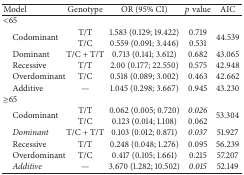
<table><thead><tr><td><b>Model</b></td><td><b>Genotype</b></td><td><b>OR (95% CI)</b></td><td><b><i>p</i> value</b></td><td><b>AIC</b></td></tr></thead><tbody><tr><td>&lt;65</td><td> </td><td> </td><td> </td><td> </td></tr><tr><td rowspan="2"> Codominant</td><td>T/T</td><td>1.583 (0.129; 19.422)</td><td>0.719</td><td rowspan="2">44.539</td></tr><tr><td>T/C</td><td>0.559 (0.091; 3.446)</td><td>0.531</td></tr><tr><td> Dominant</td><td>T/C + T/T</td><td>0.713 (0.141; 3.612)</td><td>0.682</td><td>43.065</td></tr><tr><td> Recessive</td><td>T/T</td><td>2.00 (0.177; 22.550)</td><td>0.575</td><td>42.948</td></tr><tr><td> Overdominant</td><td>T/C</td><td>0.518 (0.089; 3.002)</td><td>0.463</td><td>42.662</td></tr><tr><td> Additive</td><td>—</td><td>1.045 (0.298; 3.667)</td><td>0.945</td><td>43.230</td></tr><tr><td>≥65</td><td> </td><td> </td><td> </td><td> </td></tr><tr><td rowspan="2"> Codominant</td><td>T/T</td><td>0.062 (0.005; 0.720)</td><td><i>0.026</i></td><td rowspan="2">53.304</td></tr><tr><td>T/C</td><td>0.123 (0.014; 1.108)</td><td>0.062</td></tr><tr><td> <i>Dominant</i></td><td>T/C + T/T</td><td>0.103 (0.012; 0.871)</td><td><i>0.037</i></td><td>51.927</td></tr><tr><td> Recessive</td><td>T/T</td><td>0.248 (0.048; 1.276)</td><td>0.095</td><td>56.239</td></tr><tr><td> Overdominant</td><td>T/C</td><td>0.417 (0.105; 1.661)</td><td>0.215</td><td>57.207</td></tr><tr><td> <i>Additive</i></td><td>—</td><td>3.670 (1.282; 10.502)</td><td><i>0.015</i></td><td>52.149</td></tr></tbody></table>